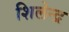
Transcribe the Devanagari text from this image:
शिलेन्द्र